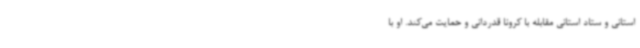
استانی و ستاد استانی مقابله با کرونا قدردانی و حمایت می‌کند. او با